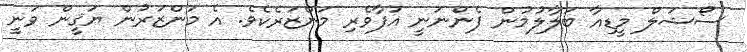
ސޯޝަލް މީޑިއާ ބަލާލުމުން ފެންނަނީ އުފާވެރި މަންޒަރެކެވެ. އެ މަންޒަރުން ޔަޤީން ވަނީ